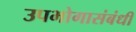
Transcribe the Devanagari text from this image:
उपभोगासंबंधी